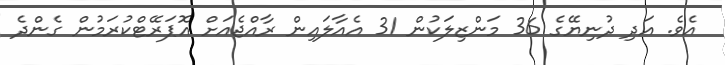
އެވެ. އަދި ދުނިޔޭގެ 36 މަންޒިލަކުން 31 އެއާލައިން ރާއްޖެއަށް އޮޕަރޭޓްކުރަމުން ގެންދެ